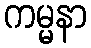
ကမ္မနာ